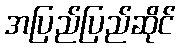
အပြည်ပြည်ဆိုင်